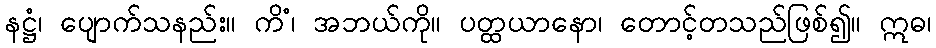
နဋ္ဌံ၊ ပျောက်သနည်း။ ကိံ၊ အဘယ်ကို။ ပတ္ထယာနော၊ တောင့်တသည်ဖြစ်၍။ ဣဓ၊